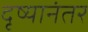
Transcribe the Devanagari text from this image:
दृष्यानंतर